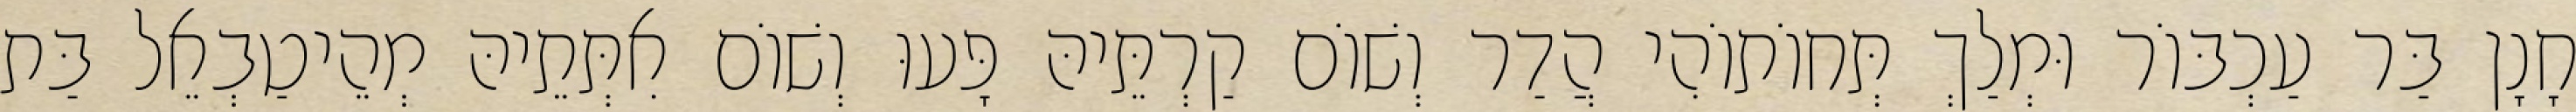
חָנָן בַּר עַכְבּוֹר וּמְלַךְ תְּחוֹתוֹהִי הֲדַר וְשׁוֹם קַרְתֵּיהּ פָּעוּ וְשׁוֹם אִתְּתֵיהּ מְהֵיטַבְאֵל בַּת